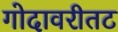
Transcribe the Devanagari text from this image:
गोदावरीतट